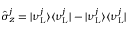
\hat { \sigma } _ { z } ^ { j } = | \nu _ { \mathrm { L } } ^ { j } \rangle \langle \nu _ { \mathrm { L } } ^ { j } | - | \nu _ { \mathrm { L } } ^ { j } \rangle \langle \nu _ { \mathrm { L } } ^ { j } |